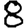
Digit: 8